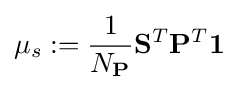
\mu _{s}:={\frac {1}{N_{\mathbf {P} }}}\mathbf {S} ^{T}\mathbf {P} ^{T}\mathbf {1}